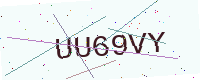
Text: UU69VY